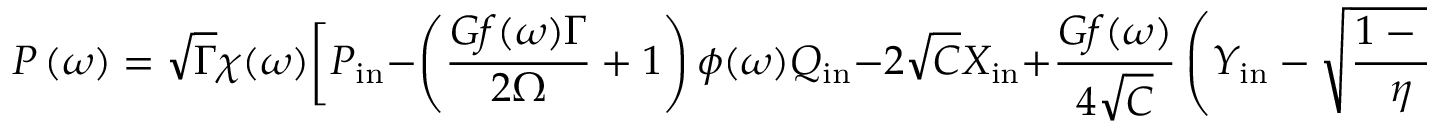
P \ensuremath { \left( \omega \right) } = \sqrt { \Gamma } \chi ( \omega ) \bigg [ P _ { \mathrm { i n } } - \left( \frac { G f ( \omega ) \Gamma } { 2 \Omega } + 1 \right) \phi ( \omega ) Q _ { \mathrm { i n } } - 2 \sqrt { C } X _ { \mathrm { i n } } + \frac { G f ( \omega ) } { 4 \sqrt { C } } \left( { Y _ { \mathrm { i n } } } - \sqrt { \frac { 1 - \eta } { \eta } } Y _ { \mathrm { v } } \right) \bigg ] ,